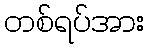
တစ်ရပ်အား